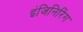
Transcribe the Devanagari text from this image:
इंजिनिरिंग